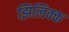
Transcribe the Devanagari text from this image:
झिलिक्क